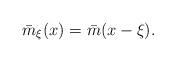
LaTeX: \begin{align*} \bar m_\xi(x)=\bar m(x-\xi). \end{align*}